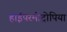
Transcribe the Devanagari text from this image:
हाईपरमीट्रोपिया